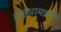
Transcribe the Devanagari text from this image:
कुष्ठधामाची